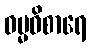
ဓမ္မဝိစာရေ